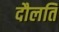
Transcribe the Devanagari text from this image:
दौलति